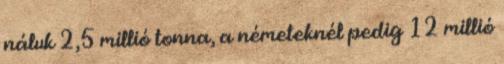
náluk 2,5 millió tonna, a németeknél pedig 12 millió